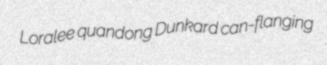
Loralee quandong Dunkard can-flanging